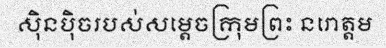
ស៊ិនប៉ិចរបស់សម្តេចក្រុមព្រះ នរោត្តម